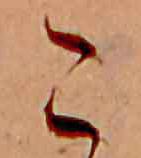
こ